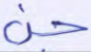
جن